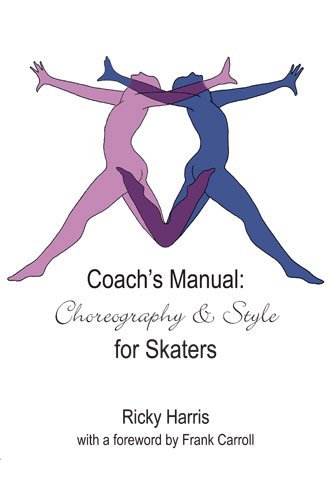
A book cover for Coach's Manual on Choreography and Style for Skaters; Ricky Harris; Sports & Outdoors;